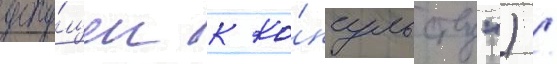
допу́щен к ко́нсульству") /